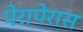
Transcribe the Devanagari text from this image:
पेरापेरास